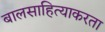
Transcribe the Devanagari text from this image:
बालसाहित्याकरता